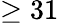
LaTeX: \ge 31